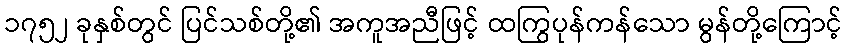
၁၇၅၂ ခုနှစ်တွင် ပြင်သစ်တို့၏ အကူအညီဖြင့် ထကြွပုန်ကန်သော မွန်တို့ကြောင့်